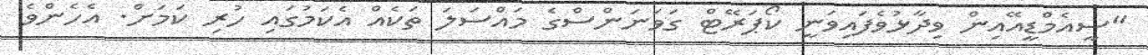
"ސީއެމްޑީއޭއިން ވިދާޅުވެފައިވަނީ ކޯޕަރޭޓް ގަވަނަންސްގެ މައްސަލަ ތަކެއް އެކަމުގައި ހުރި ކަމަށް. އެހެންވެ